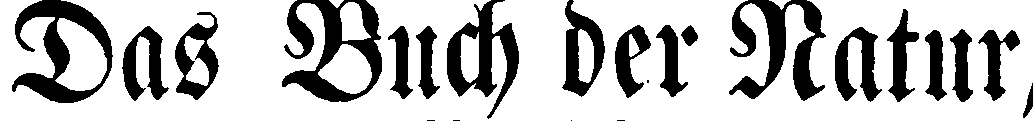
Das Buch der Natur,